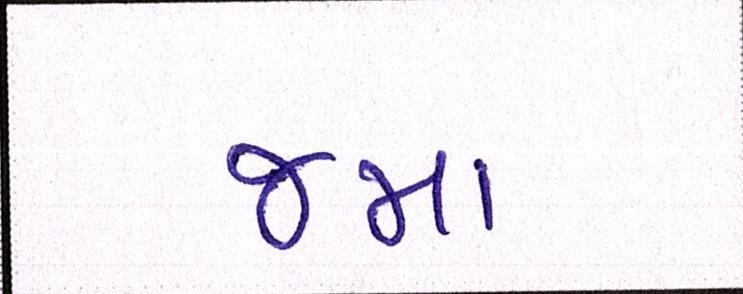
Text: જમાં